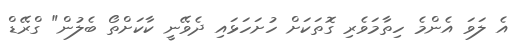
އެ ލަވަ އެންމެ ހިތާމަވެރި ގޮތަކަށް ހުށަހަޅައި ދެވޭނީ ކާކަށްތޯ ބެލުން" ގްރޭޑް